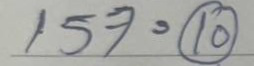
157 = (10)